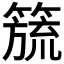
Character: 𮆅